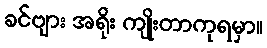
ခင်ဗျား အရိုး ကျိုးတာကုရမှာ။